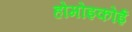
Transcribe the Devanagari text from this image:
होमोइकोई